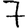
Digit: 7